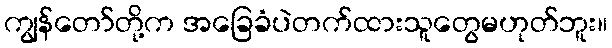
ကျွန်တော်တို့က အခြေခံပဲတက်ထားသူတွေမဟုတ်ဘူး။